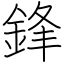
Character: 鋒